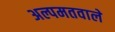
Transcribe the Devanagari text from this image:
अल्पमतवाले